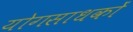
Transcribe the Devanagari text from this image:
योगसाधकों